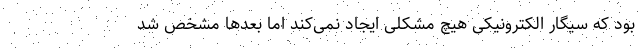
بود که سیگار الکترونیکی هیچ مشکلی ایجاد نمی‌کند اما بعدها مشخص شد